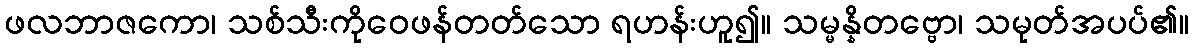
ဖလဘာဇကော၊ သစ်သီးကိုဝေဖန်တတ်သော ရဟန်းဟူ၍။ သမ္မန္နိတဗ္ဗော၊ သမုတ်အပပ်၏။